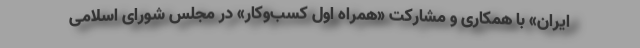
ایران» با همکاری و مشارکت «همراه اول کسب‌وکار» در مجلس شورای اسلامی